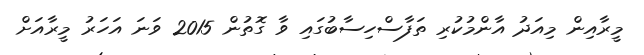
މީރާއިން މިއަދު އާންމުކުރި ތަފާސްހިސާބުގައި ވާ ގޮތުން 2015 ވަނަ އަހަރު މީރާއަށް